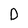
Character: D